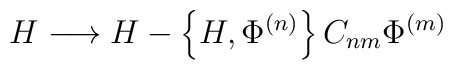
H\longrightarrow H- \left\{ H, \Phi^{(n)}\right\}C_{nm} \Phi^{(m)}